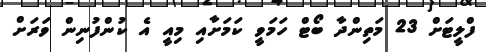
ފްލީޓަށް 23 މަތިންދާ ބޯޓް ހަމަވީ ކަމަށާއި މިއީ އެ ކުންފުނިން ވަރަށް